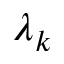
\lambda _ { k }